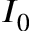
I _ { 0 }